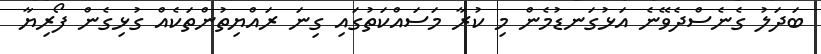
ބަދަލު ގެނެސްދެވޭނެ އަޅުގަނޑުމެން މި ކުރާ މަސައްކަތުގައި ގިނަ ރައްޔިތުންތަކެއް ގުޅިގެން ފޯރިޔާ